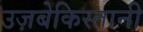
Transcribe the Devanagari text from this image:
उज़बेकिस्तानी